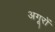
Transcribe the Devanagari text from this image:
अगूरों